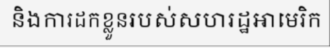
និងការដកខ្លួនរបស់សហរដ្ឋអាមេរិក